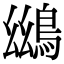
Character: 𪀨